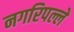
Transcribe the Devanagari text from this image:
नगरिपल्ले